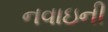
નવાઇની